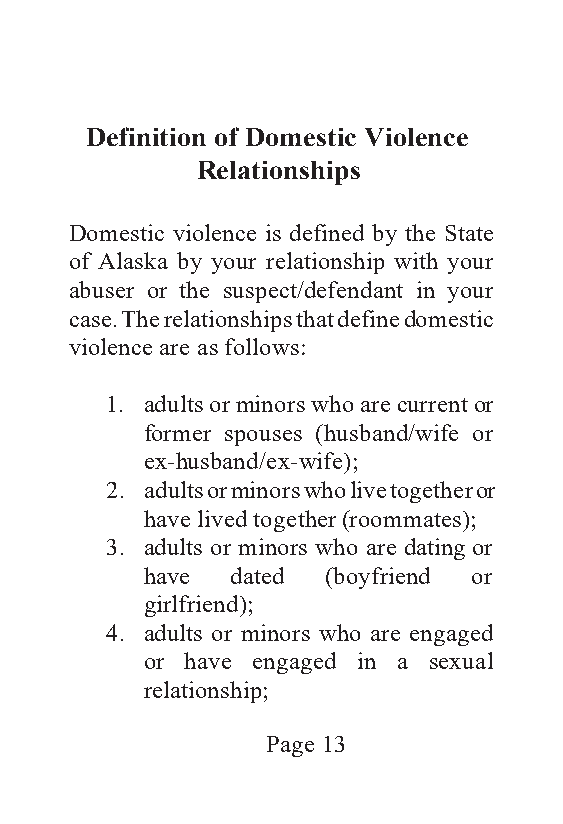
Definition of Domestic Violence
 Relationships
 Domestic violence is defined by the State
 of Alaska by your relationship with your
 abuser or the suspect/defendant in your
 case. The relationships that define domestic
 violence are as follows:
 1. adults or minors who are current or
 former spouses (husband/wife or
 ex-husband/ex-wife);
 2. adults or minors who live together or
 have lived together (roommates);
 3. adults or minors who are dating or
 have dated  (boyfriend or
 girlfriend);
 4. adults or minors who are engaged
 or have engaged in a sexual
 relationship;
 Page 13